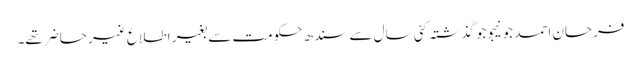
فرحان احمد جونیجو جو گذشتہ کئی سال سے سندھ حکومت سے بغیر اطلاع غیر حاضر تھے۔